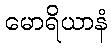
မောရိယာနံ